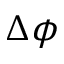
\Delta \phi